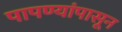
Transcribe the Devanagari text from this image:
पापण्यांपासून